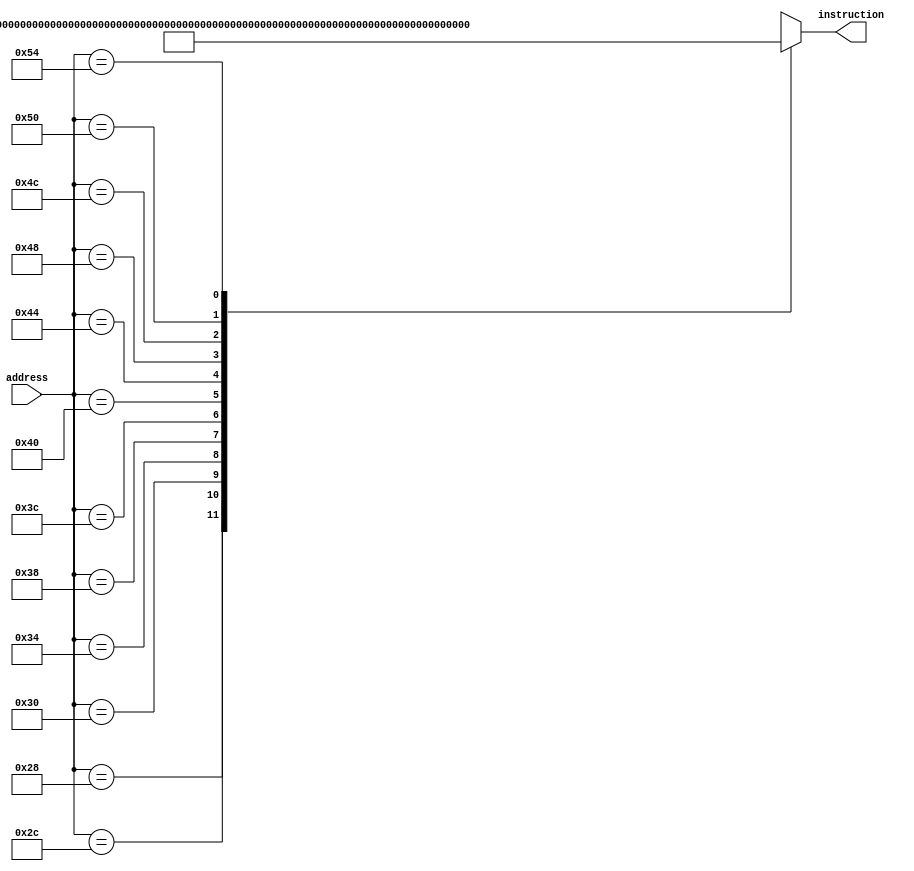

module instrMem(
    output reg [31:0] instruction,
    input [63:0] address
);


always @(*) begin
    case(address)
    'd40    :   instruction <= 32'b00000110010000000010000010000011;
    'd44    :   instruction <= 32'b00000110011000000010000100000011;
    'd48    :   instruction <= 32'b00000110100000000010000110000011;
    'd52    :   instruction <= 32'b00000110101000000010001000000011;
    'd56    :   instruction <= 32'b00000110110000000010001010000011;
    'd60    :   instruction <= 32'b00000110111000000010001100000011;
    'd64    :   instruction <= 32'b00000000010100001000000010110011;
    'd68    :   instruction <= 32'b01000000001100010000000100110011;
    'd72    :   instruction <= 32'b00000000010100010100100000110011;
    'd76    :   instruction <= 32'b00000000001000001000010110110011;
    'd80    :   instruction <= 32'b00000000011001011001111000110011;
    'd84    :   instruction <= 32'b00000001100100000010000010100011;
    default : instruction <= 32'bx;
    endcase
end
endmodule